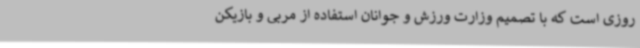
روزی است که با تصمیم وزارت ورزش و جوانان استفاده از مربی و بازیکن